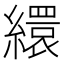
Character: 繯